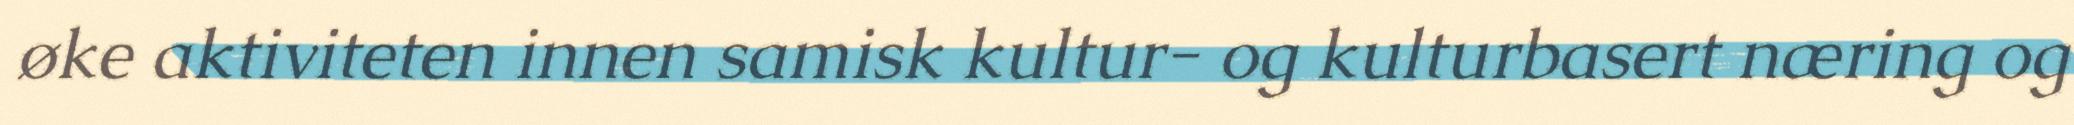
øke aktiviteten innen samisk kultur- og kulturbasert næring og